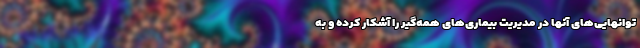
توانهایی‌های آنها در مدیریت بیماری‌های همه‌گیر را آشکار کرده و به